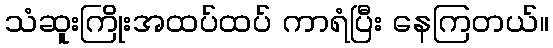
သံဆူးကြိုးအထပ်ထပ် ကာရံပြီး နေကြတယ်။